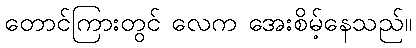
တောင်ကြားတွင် လေက အေးစိမ့်နေသည်။